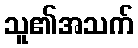
သူ၏အသက်